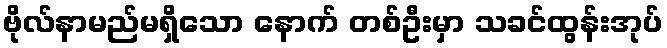
ဗိုလ်နာမည်မရှိသော နောက် တစ်ဦးမှာ သခင်ထွန်းအုပ်